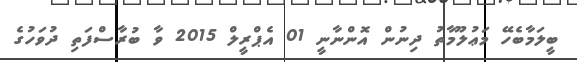
ބީލަމާބެހޭ މަޢުލޫމާތު ދިނުން އޮންނާނީ 01 އެޕްރީލް 2015 ވާ ބުރާސްފަތި ދުވަހުގެ